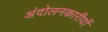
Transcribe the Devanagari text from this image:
अंदोलनकारीयों